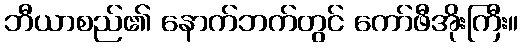
ဘီယာစည်၏ နောက်ဘက်တွင် ကော်ဖီအိုးကြီး။